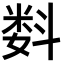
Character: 𬖠